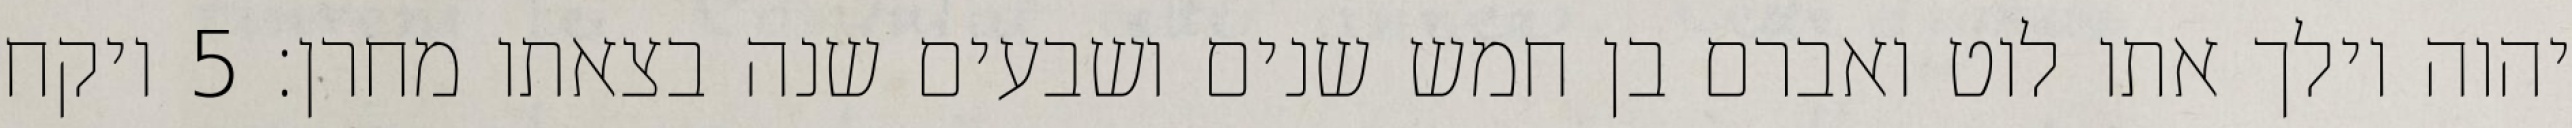
יהוה וילך אתו לוט ואברם בן חמש שנים ושבעים שנה בצאתו מחרן׃ ‎5‏ ויקח